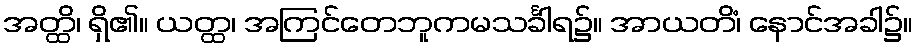
အတ္ထိ၊ ရှိ၏။ ယတ္ထ၊ အကြင်တေဘူကမသင်္ခါရ၌။ အာယတိံ၊ နောင်အခါ၌။